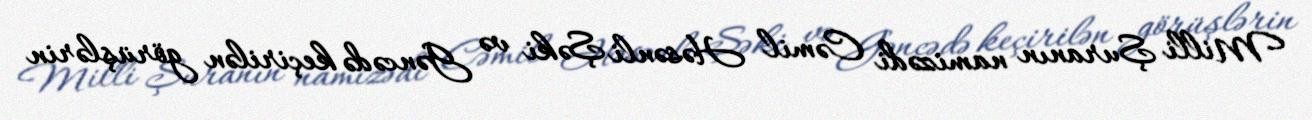
Milli Şuranın namizədi Cəmil Həsənli Şəki və Gəncədə keçirilən görüşlərin